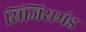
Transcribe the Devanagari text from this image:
सिजिसमंड